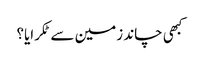
کبھی چاند زمین سے ٹکرایا؟